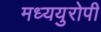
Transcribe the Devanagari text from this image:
मध्ययुरोपी